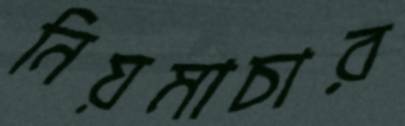
নিয়মাচার